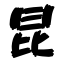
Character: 昆